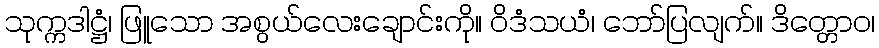
သုက္ကဒါဋ္ဌံ၊ ဖြူသော အစွယ်လေးချောင်းကို။ ဝိဒံသယံ၊ ဘော်ပြလျက်။ ဒိတ္တောဝ၊